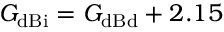
G _ { \mathrm { d B i } } = G _ { \mathrm { d B d } } + 2 . 1 5